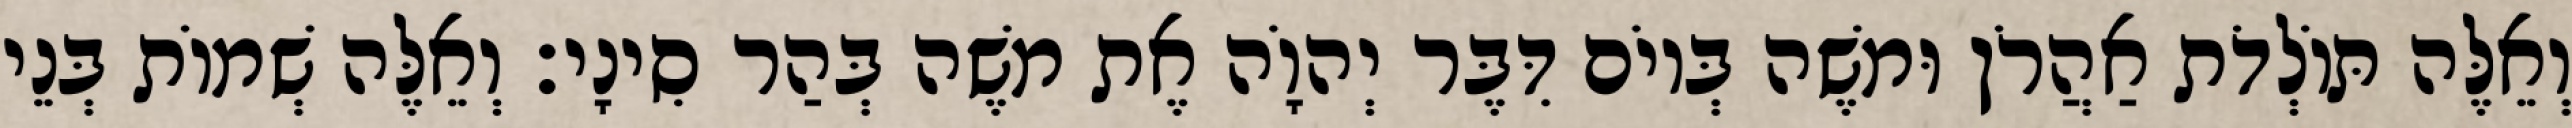
וְאֵלֶּה תּוֹלְדֹת אַהֲרֹן וּמשֶׁה בְּיוֹם דִּבֶּר יְהוָֹה אֶת משֶׁה בְּהַר סִינָי׃ וְאֵלֶּה שְׁמוֹת בְּנֵי